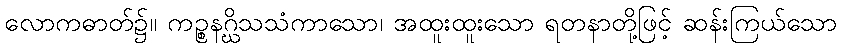
လောကဓာတ်၌။ ကဉ္စနဂ္ဃိသသံကာသော၊ အထူးထူးသော ရတနာတို့ဖြင့် ဆန်းကြယ်သော